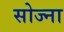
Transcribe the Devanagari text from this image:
सोज्ना